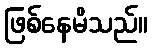
ဖြစ်နေမိသည်။